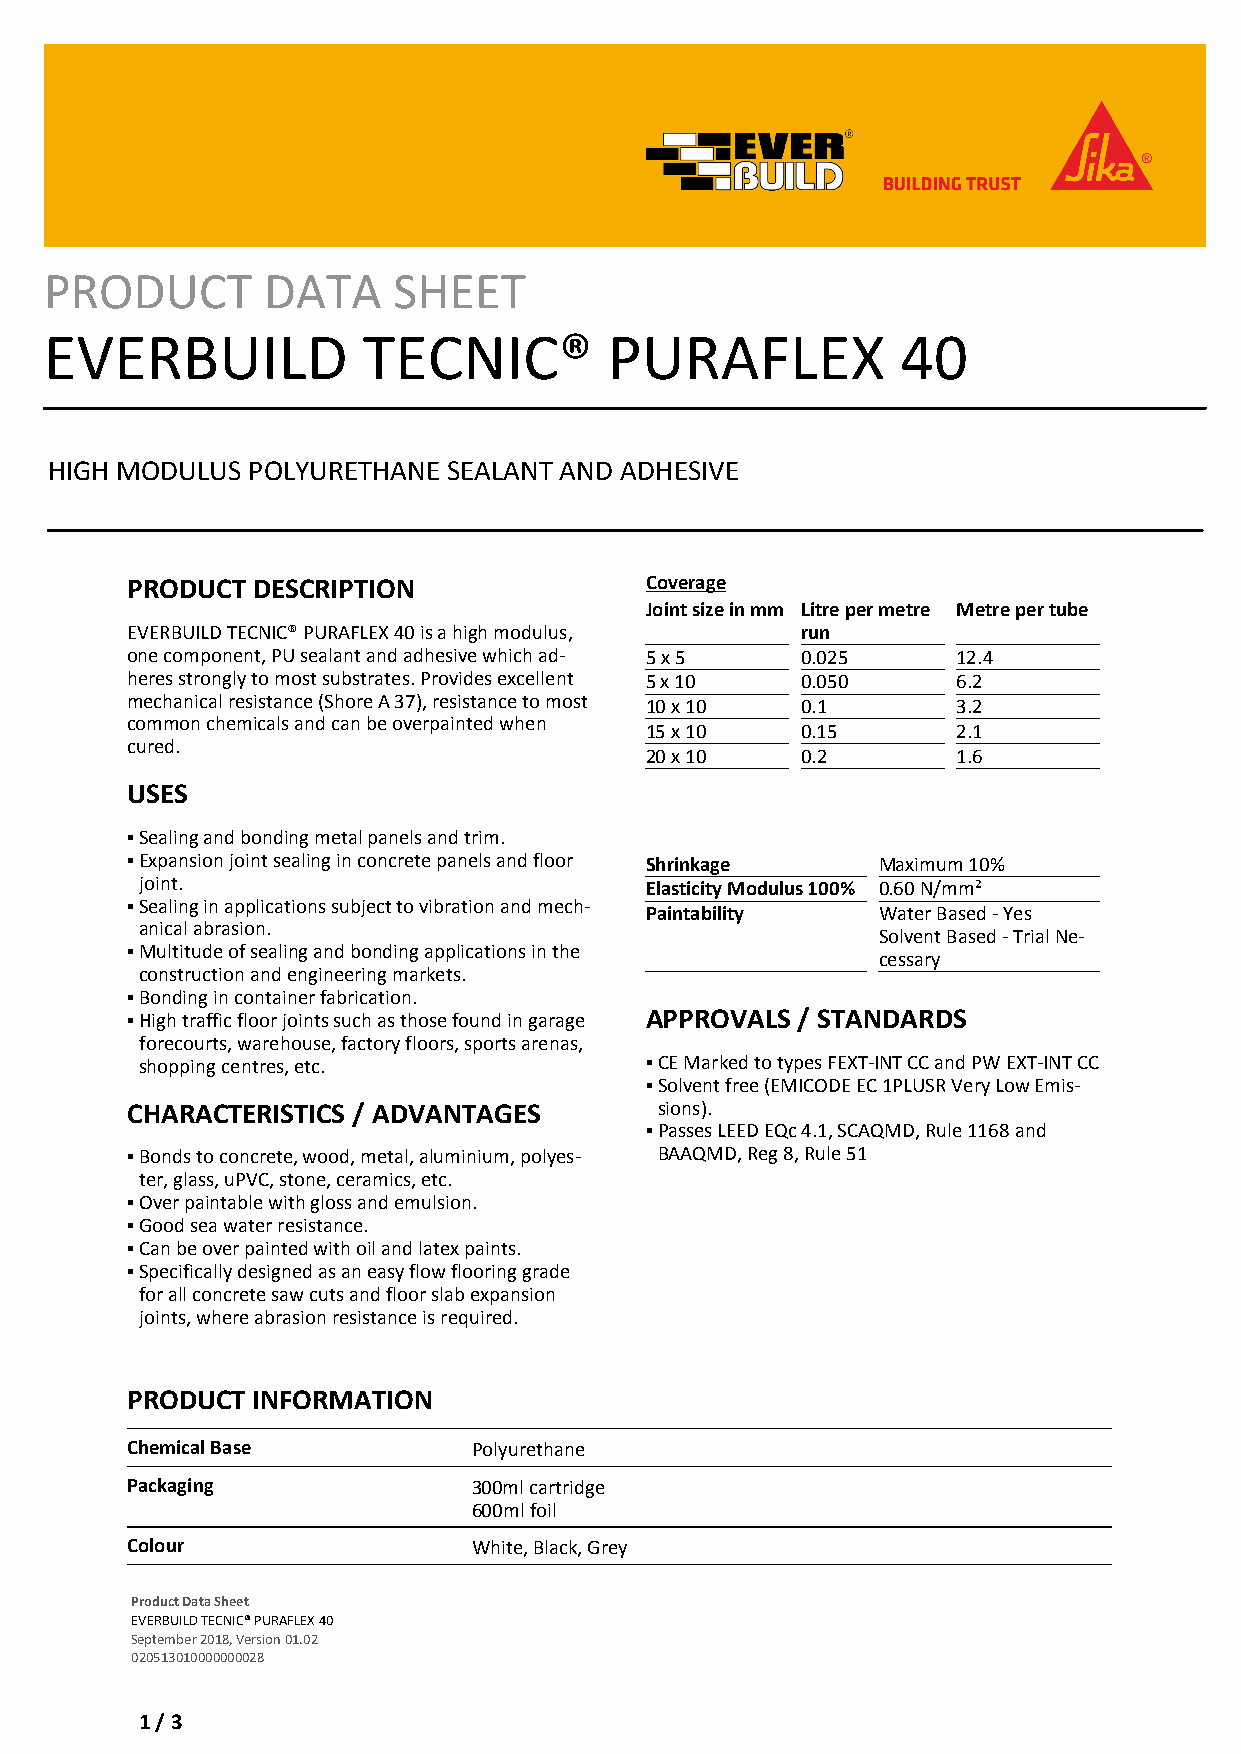
PRODUCT       DATA     SHEET
 EVERBUILD            TECNIC®         PURAFLEX            40
 HIGH MODULUS POLYURETHANE  SEALANT AND ADHESIVE
 PRODUCT  DESCRIPTION               Coverage
 Joint size in mm Litre per metre Metre per tube
 EVERBUILD TECNIC® PURAFLEX 40 is a high modulus, run
 one component, PU sealant and adhesive which ad- 5 x 5 0.025 12.4
 heres strongly to most substrates. Provides excellent 5 x 10 0.050 6.2
 mechanical resistance (Shore A 37), resistance to most 10 x 10 0.1 3.2
 common chemicals and can be overpainted when
 15 x 10   0.15      2.1
 cured.
 20 x 10   0.2       1.6
 USES
 ▪Sealing and bonding metal panels and trim.
 ▪Expansion joint sealing in concrete panels and floor Shrinkage Maximum 10%
 joint.                            Elasticity Modulus 100% 0.60 N/mm²
 ▪Sealing in applications subject to vibration and mech-
 Paintability   Water Based - Yes
 anical abrasion.
 Solvent Based - Trial Ne-
 ▪Multitude of sealing and bonding applications in the
 cessary
 construction and engineering markets.
 ▪Bonding in container fabrication.
 ▪High traffic floor joints such as those found in garage APPROVALS / STANDARDS
 forecourts, warehouse, factory floors, sports arenas,
 shopping centres, etc.            ▪CE Marked to types FEXT-INT CC and PW EXT-INT CC
 ▪Solvent free (EMICODE EC 1PLUSR Very Low Emis-
 CHARACTERISTICS / ADVANTAGES        sions).
 ▪Passes LEED EQc 4.1, SCAQMD, Rule 1168 and
 ▪Bonds to concrete, wood, metal, aluminium, polyes- BAAQMD, Reg 8, Rule 51
 ter, glass, uPVC, stone, ceramics, etc.
 ▪Over paintable with gloss and emulsion.
 ▪Good sea water resistance.
 ▪Can be over painted with oil and latex paints.
 ▪Specifically designed as an easy flow flooring grade
 for all concrete saw cuts and floor slab expansion
 joints, where abrasion resistance is required.
 PRODUCT  INFORMATION
 Chemical Base          Polyurethane
 Packaging              300ml cartridge
 600ml foil
 Colour                 White, Black, Grey
 Product Data Sheet
 EVERBUILD TECNIC® PURAFLEX 40
 September 2018, Version 01.02
 020513010000000028
 1 / 3